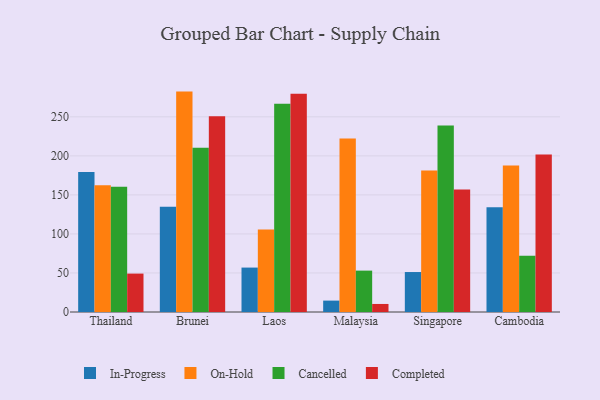
{"axis": {"x": "Country", "y": "Humidity (%)"}, "legend": ["Cancelled", "Completed", "In-Progress", "On-Hold"], "data": [{"x": "Thailand", "y": 179.2, "type": "In-Progress"}, {"x": "Thailand", "y": 162.4, "type": "On-Hold"}, {"x": "Thailand", "y": 160.5, "type": "Cancelled"}, {"x": "Thailand", "y": 49.2, "type": "Completed"}, {"x": "Brunei", "y": 134.9, "type": "In-Progress"}, {"x": "Brunei", "y": 282.3, "type": "On-Hold"}, {"x": "Brunei", "y": 210.5, "type": "Cancelled"}, {"x": "Brunei", "y": 250.6, "type": "Completed"}, {"x": "Laos", "y": 56.9, "type": "In-Progress"}, {"x": "Laos", "y": 105.7, "type": "On-Hold"}, {"x": "Laos", "y": 266.6, "type": "Cancelled"}, {"x": "Laos", "y": 279.7, "type": "Completed"}, {"x": "Malaysia", "y": 14.6, "type": "In-Progress"}, {"x": "Malaysia", "y": 222.2, "type": "On-Hold"}, {"x": "Malaysia", "y": 53.0, "type": "Cancelled"}, {"x": "Malaysia", "y": 10.3, "type": "Completed"}, {"x": "Singapore", "y": 51.2, "type": "In-Progress"}, {"x": "Singapore", "y": 181.4, "type": "On-Hold"}, {"x": "Singapore", "y": 239.0, "type": "Cancelled"}, {"x": "Singapore", "y": 157.0, "type": "Completed"}, {"x": "Cambodia", "y": 134.1, "type": "In-Progress"}, {"x": "Cambodia", "y": 187.5, "type": "On-Hold"}, {"x": "Cambodia", "y": 72.1, "type": "Cancelled"}, {"x": "Cambodia", "y": 201.7, "type": "Completed"}]}